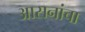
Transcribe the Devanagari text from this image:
आसनांचा